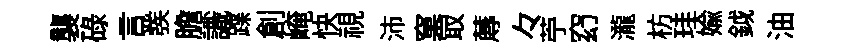
襲碌言彂膽識蹀創崦快視沛窠㝡蓐々苧𥥆瀧枋珪媮鉞油